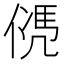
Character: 𠌩